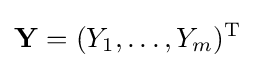
\mathbf {Y} =(Y_{1},\ldots ,Y_{m})^{\mathrm {T} }